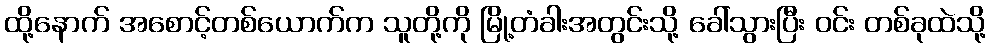
ထို့နောက် အစောင့်တစ်ယောက်က သူတို့ကို မြို့တံခါးအတွင်းသို့ ခေါ်သွားပြီး ဝင်း တစ်ခုထဲသို့